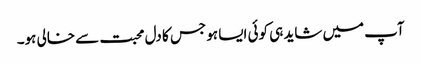
آپ میں شاید ہی کوئی ایسا ہو جس کا دل محبت سے خالی ہو۔